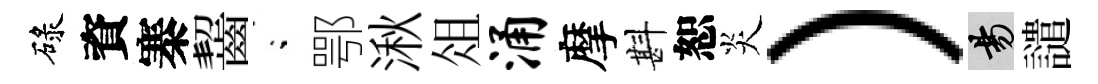
碌資寨齧閤鄂湫俎涌摩斟恕炎）昜譴